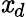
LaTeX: \mathit{x}_{d}